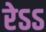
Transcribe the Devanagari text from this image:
रेऽऽ